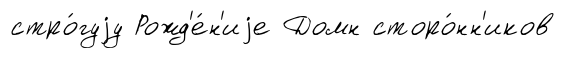
стро́гуjу Рожд'е́н'иjе Домн сторо́нн'иков